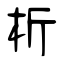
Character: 析